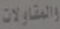
والمقاولات